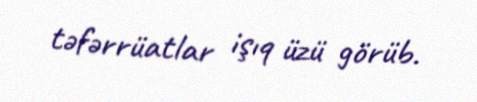
təfərrüatlar işıq üzü görüb.